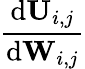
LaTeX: \frac{\mathrm{d}\mathbf{U}_{i,j}}{\mathrm{d}{\mathbf{W}_{i,j}}}